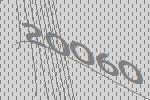
20060